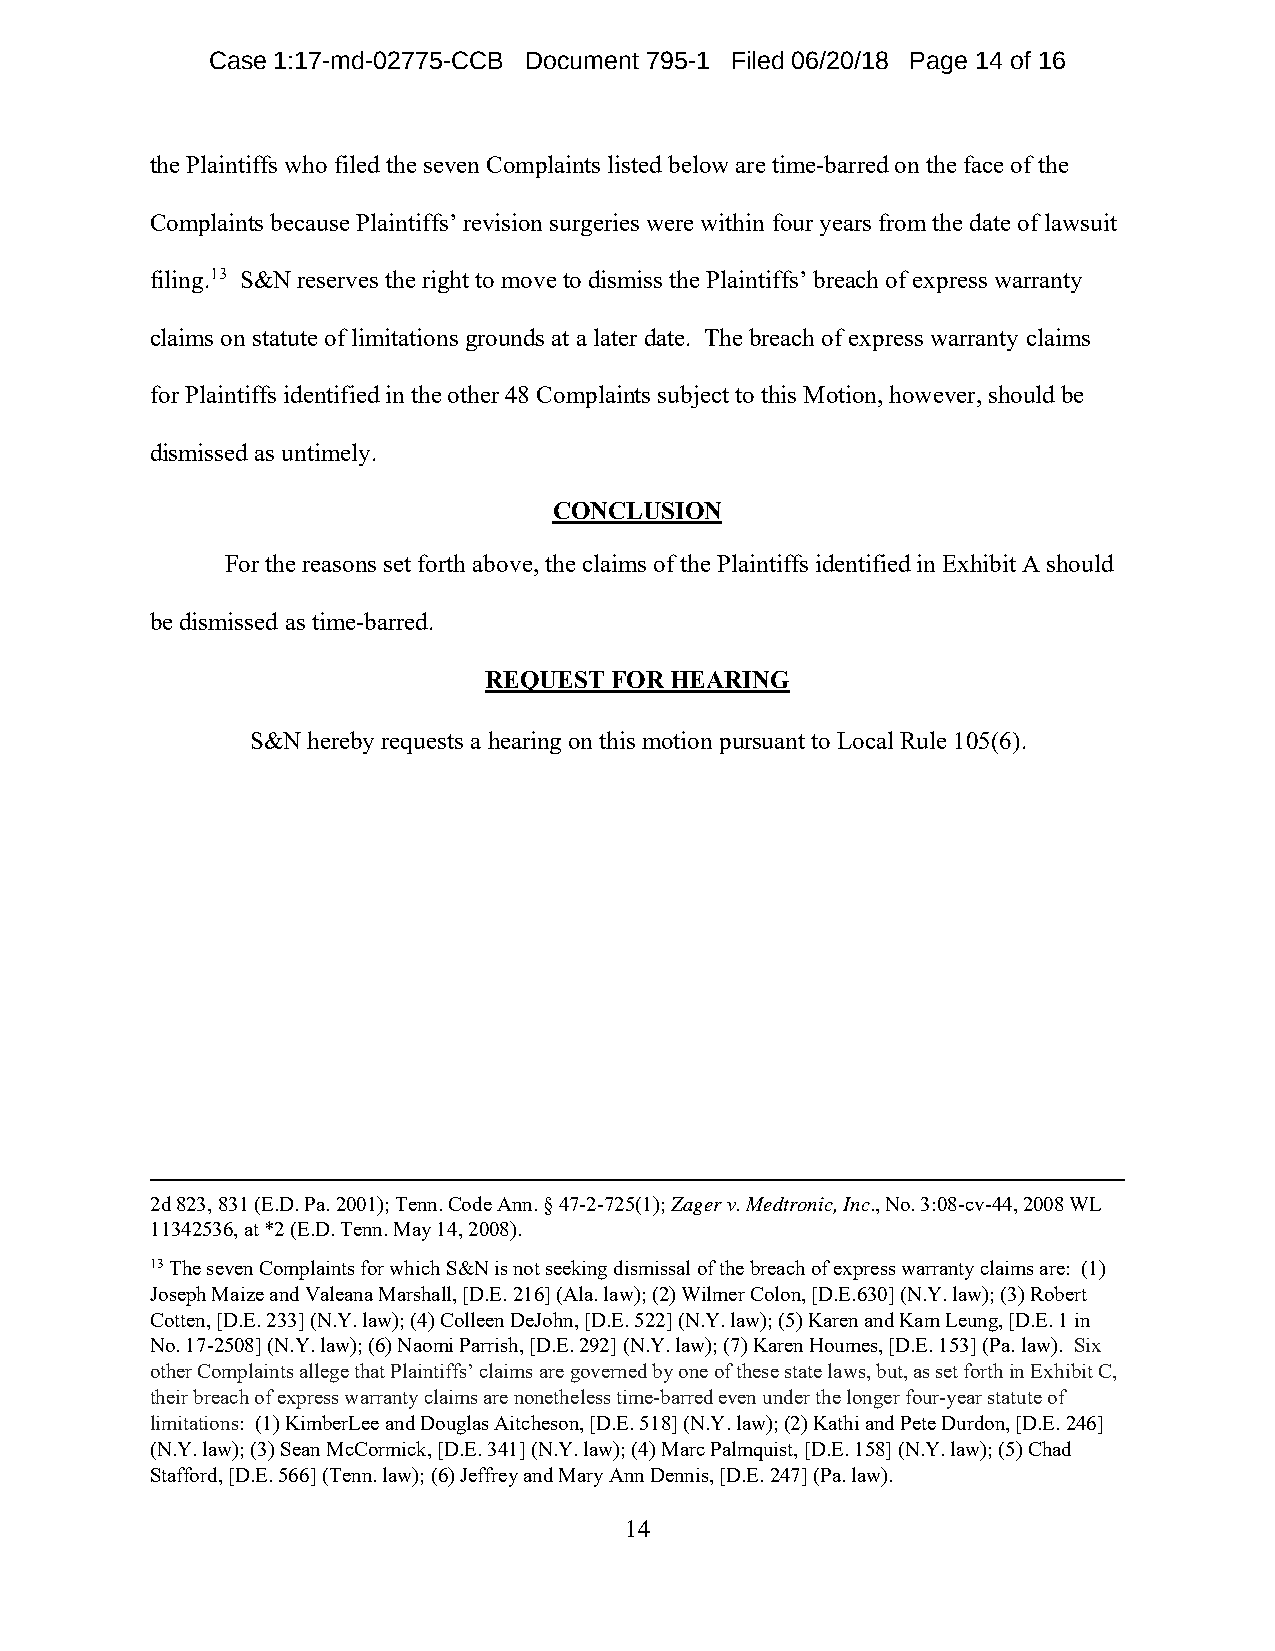
Case 1:17-md-02775-CCB Document 795-1 Filed 06/20/18 Page 14 of 16
 the Plaintiffs who filed the seven Complaints listed below are time-barred on the face of the
 Complaints because Plaintiffs’ revision surgeries were within four years from the date of lawsuit
 filing.13 S&N reserves the right to move to dismiss the Plaintiffs’ breach of express warranty
 claims on statute of limitations grounds at a later date. The breach of express warranty claims
 for Plaintiffs identified in the other 48 Complaints subject to this Motion, however, should be
 dismissed as untimely.
 CONCLUSION
 For the reasons set forth above, the claims of the Plaintiffs identified in Exhibit A should
 be dismissed as time-barred.
 REQUEST FOR HEARING
 S&N hereby requests a hearing on this motion pursuant to Local Rule 105(6).
 2d 823, 831 (E.D. Pa. 2001); Tenn. Code Ann. § 47-2-725(1); Zager v. Medtronic, Inc., No. 3:08-cv-44, 2008 WL
 11342536, at *2 (E.D. Tenn. May 14, 2008).
 13 The seven Complaints for which S&N is not seeking dismissal of the breach of express warranty claims are: (1)
 Joseph Maize and Valeana Marshall, [D.E. 216] (Ala. law); (2) Wilmer Colon, [D.E.630] (N.Y. law); (3) Robert
 Cotten, [D.E. 233] (N.Y. law); (4) Colleen DeJohn, [D.E. 522] (N.Y. law); (5) Karen and Kam Leung, [D.E. 1 in
 No. 17-2508] (N.Y. law); (6) Naomi Parrish, [D.E. 292] (N.Y. law); (7) Karen Houmes, [D.E. 153] (Pa. law). Six
 other Complaints allege that Plaintiffs’ claims are governed by one of these state laws, but, as set forth in Exhibit C,
 their breach of express warranty claims are nonetheless time-barred even under the longer four-year statute of
 limitations: (1) KimberLee and Douglas Aitcheson, [D.E. 518] (N.Y. law); (2) Kathi and Pete Durdon, [D.E. 246]
 (N.Y. law); (3) Sean McCormick, [D.E. 341] (N.Y. law); (4) Marc Palmquist, [D.E. 158] (N.Y. law); (5) Chad
 Stafford, [D.E. 566] (Tenn. law); (6) Jeffrey and Mary Ann Dennis, [D.E. 247] (Pa. law).
 14